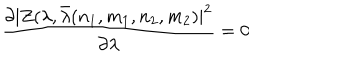
{ \frac { \partial | Z ( \lambda , \bar { \lambda } ( n _ { 1 } , m _ { 1 } , n _ { 2 } , m _ { 2 } ) | ^ { 2 } } { \partial \lambda } } = 0